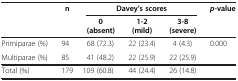
<table><thead><tr><td><b> </b></td><td><b>n</b></td><td colspan="3"><b>Davey’s scores</b></td><td><b><i>p</i>-value</b></td></tr><tr><td><b> </b></td><td><b> </b></td><td><b>0 (absent)</b></td><td><b>1-2 (mild)</b></td><td><b>3-8 (severe)</b></td><td><b> </b></td></tr></thead><tbody><tr><td>Primiparae (%)</td><td>94</td><td>68 (72.3)</td><td>22 (23.4)</td><td>4 (4.3)</td><td>0.000</td></tr><tr><td>Multiparae (%)</td><td>85</td><td>41 (48.2)</td><td>22 (25.9)</td><td>22 (25.9)</td><td> </td></tr><tr><td>Total (%)</td><td>179</td><td>109 (60.8)</td><td>44 (24.4)</td><td>26 (14.8)</td><td> </td></tr></tbody></table>